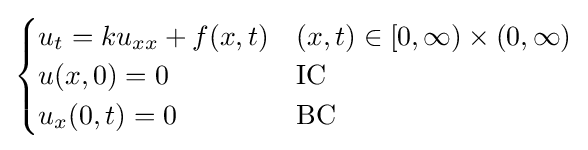
{\begin{cases}u_{t}=ku_{xx}+f(x,t)&(x,t)\in [0,\infty )\times (0,\infty )\\u(x,0)=0&{\text{IC}}\\u_{x}(0,t)=0&{\text{BC}}\end{cases}}